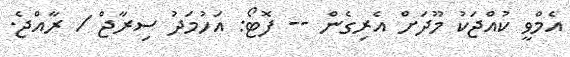
އެމްވީ ކުއްޖަކު މޫދަށް އެރިގެން -- ފޮޓޯ: އަހުމަދު ސިރާޖް / ރާއްޖެ.